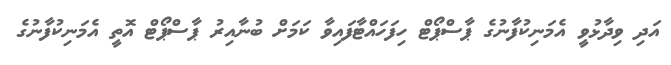
އަދި ވިދާޅުވީ އެމަނިކުފާނުގެ ޕާސްޕޯޓް ހިފަހައްޓާފައިވާ ކަމަށް ބުނާއިރު ޕާސްޕޯޓް އޮތީ އެމަނިކުފާނުގެ